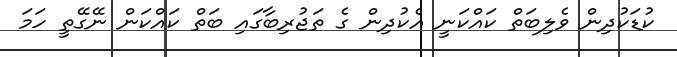
ކުޑަކުދިން ވެލިބަތް ކައްކަނީ އެކުދިން ގެ ތަޖުރިބާގައި ބަތް ކައްކަން ނޭގޭތީ ހަމަ